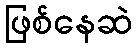
ဖြစ်နေဆဲ